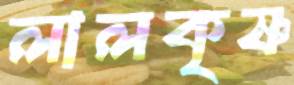
লালকৃষ্ণ